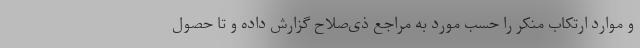
و موارد ارتکاب منکر را حسب مورد به مراجع ذی‌صلاح گزارش داده و تا حصول